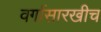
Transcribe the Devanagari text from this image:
वर्गासारखीच